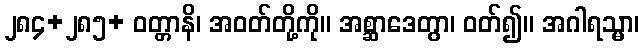
၂၈၄+၂၈၅+ ဝတ္တာနိ၊ အဝတ်တို့ကို။ အစ္ဆာဒေတွာ၊ ဝတ်၍။ အဂါရသ္မာ၊